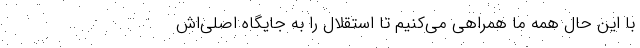
با این حال همه ما همراهی می‌کنیم تا استقلال را به جایگاه اصلی‌اش